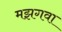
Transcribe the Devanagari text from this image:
मझगवा